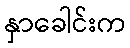
နှာခေါင်းက